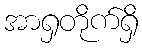
အာရှတိုက်ရှိ